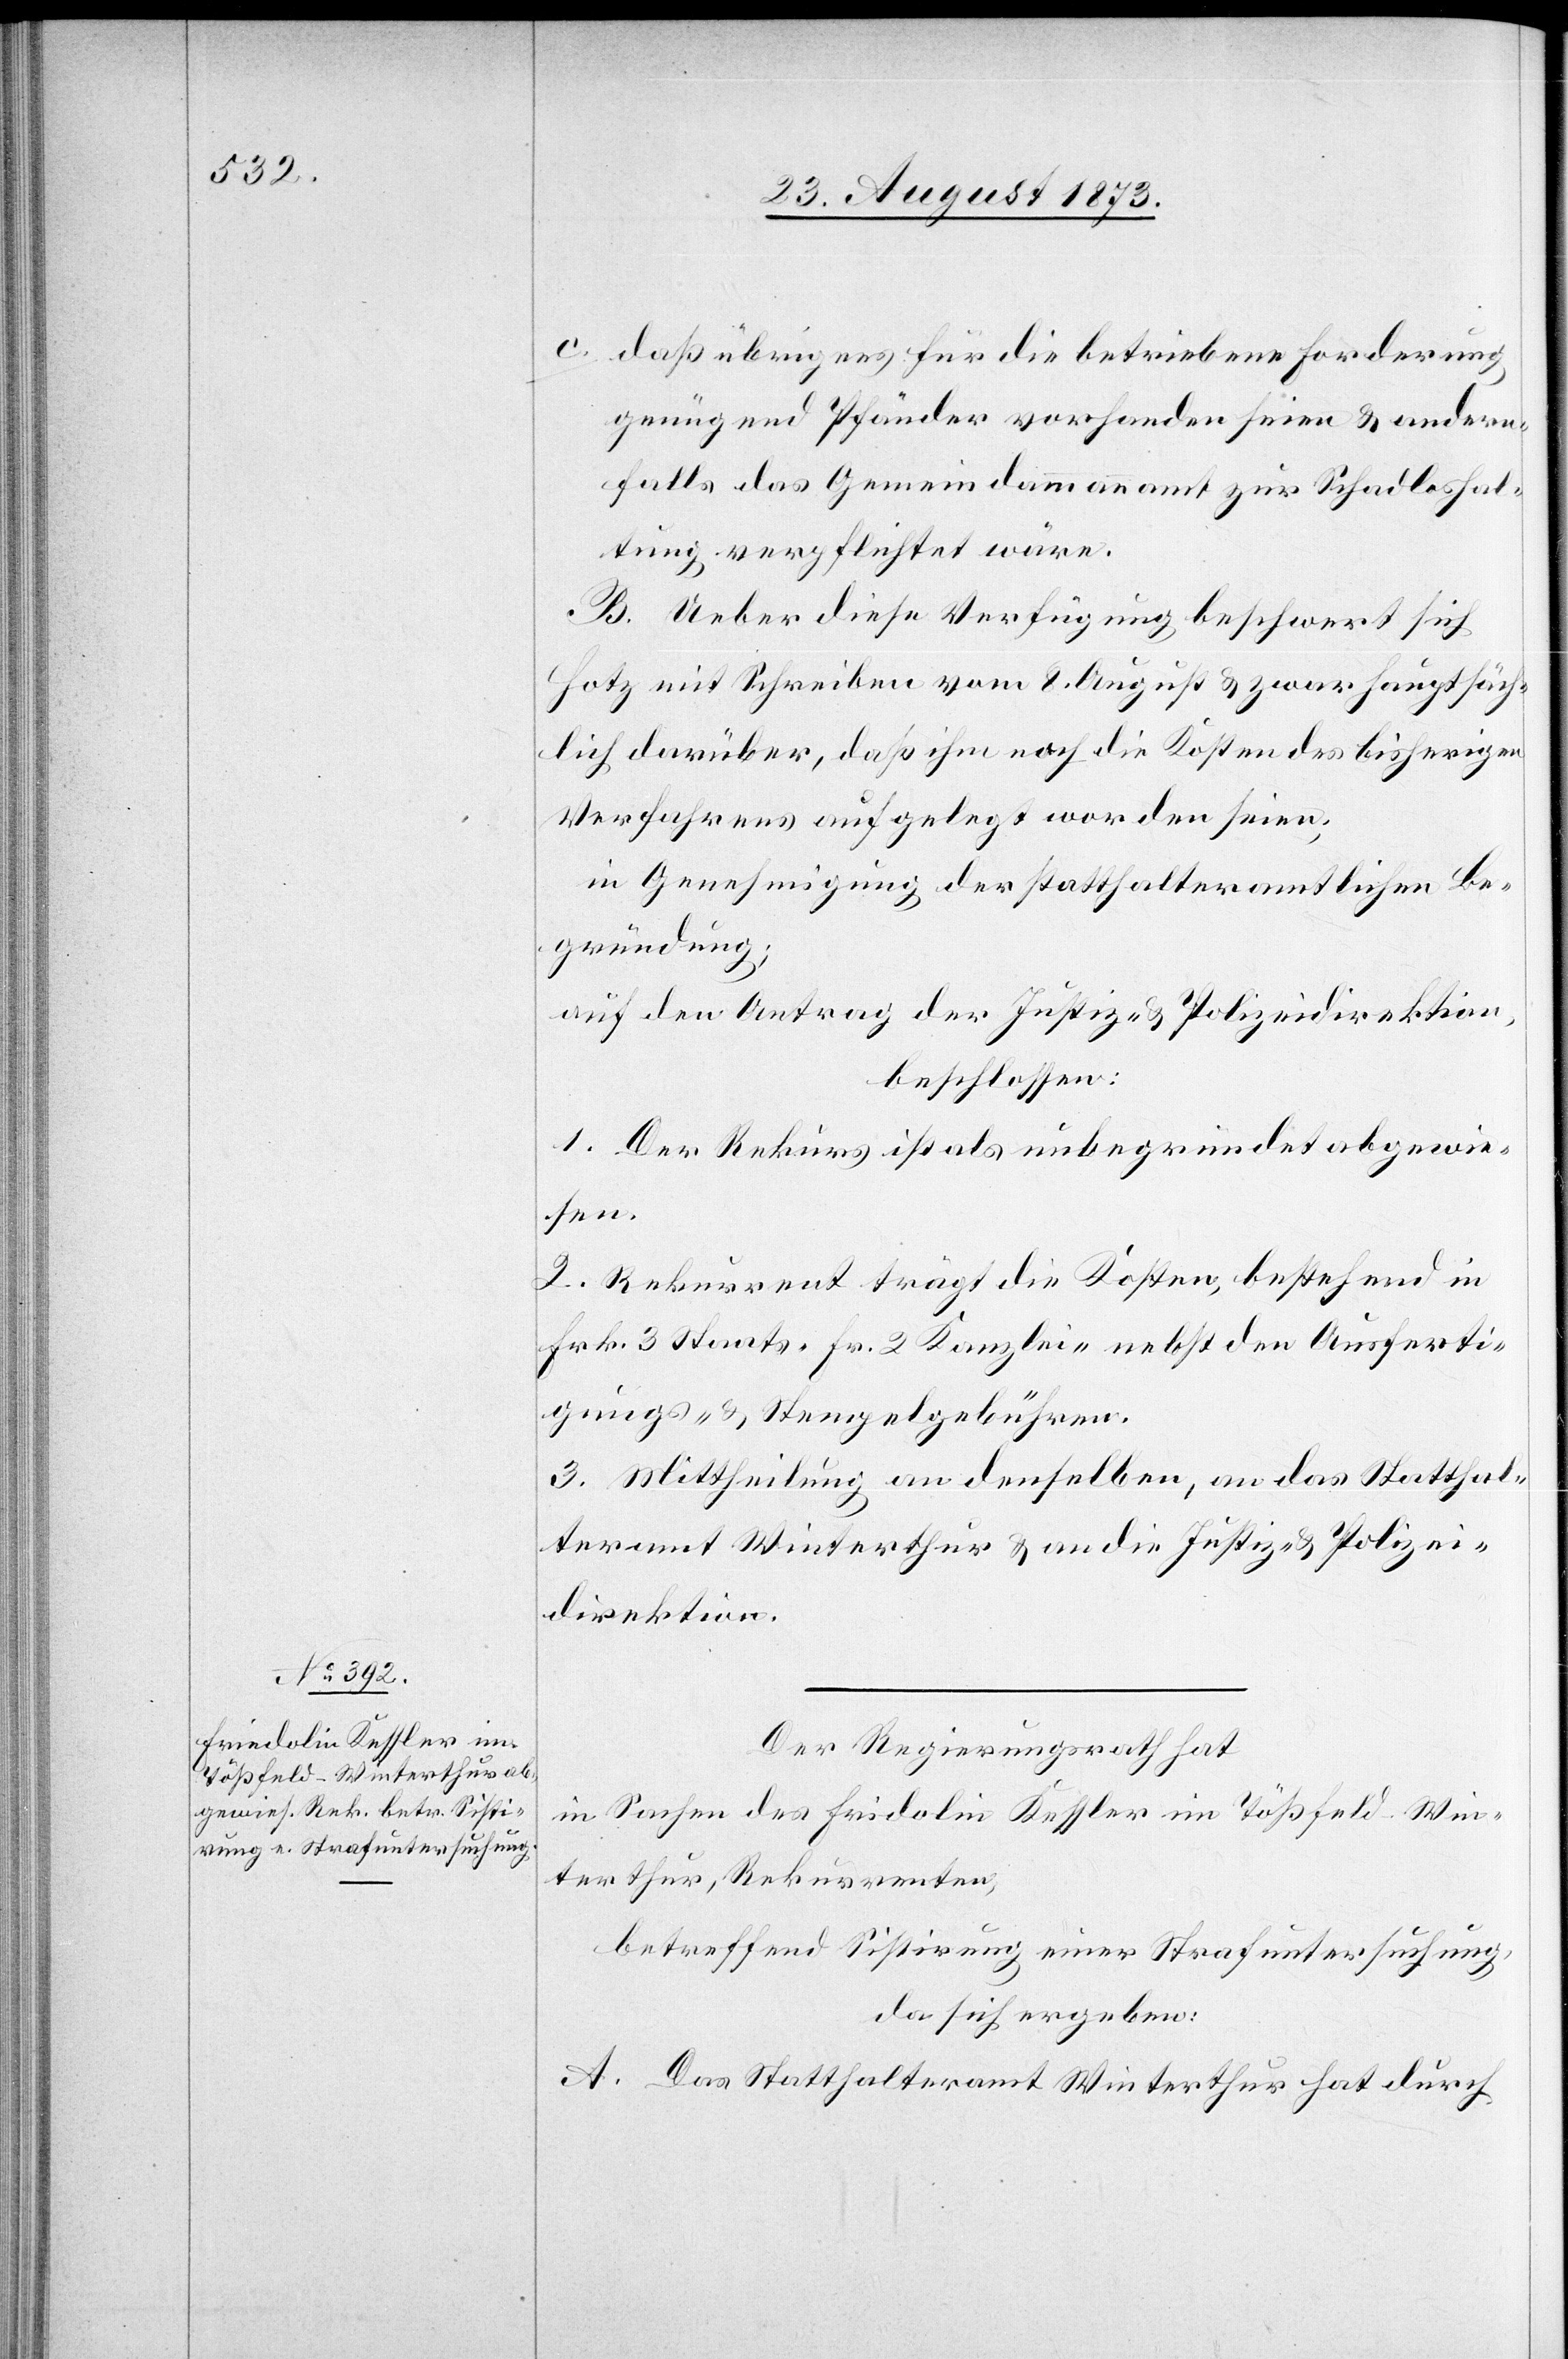
c. daß übrigens für die betriebene Forderung
genügend Pfänder vorhanden seien & andern¬
falls das Gemeindammannamt zur Schadloshal¬
tung verpflichtet wäre.
B. Ueber diese Verfügung beschwert sich
Hotz mit Schreiben vom 8. August & zwar hauptsäch¬
lich darüber, daß ihm noch die Kosten des bisherigen
Verfahrens aufgelegt worden seien;
in Genehmigung der statthalteramtlichen Be¬
gründung;
auf den Antrag der Justiz- & Polizeidirektion,
beschlossen:
1. Der Rekurs ist als unbegründet abgewie¬
sen.
2. Rekurrent trägt die Kosten, bestehend in
Frk. 3 Staats- Fr. 2 Kanzlei- nebst den Ausferti¬
gungs- & Stempelgebühren.
3. Mittheilung an denselben, an das Statthal¬
teramt Winterthur & an die Justiz- & Polizei¬
direktion.
Der Regierungsrath hat
in Sachen des Fridolin [sic!] Kessler im Tößfeld-Win¬
terthur, Rekurrenten,
betreffend Sistirung einer Strafuntersuchung,
da sich ergeben:
A. Das Statthalteramt Winterthur hat durch